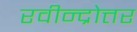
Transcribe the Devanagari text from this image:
रवीन्द्रोत्तर